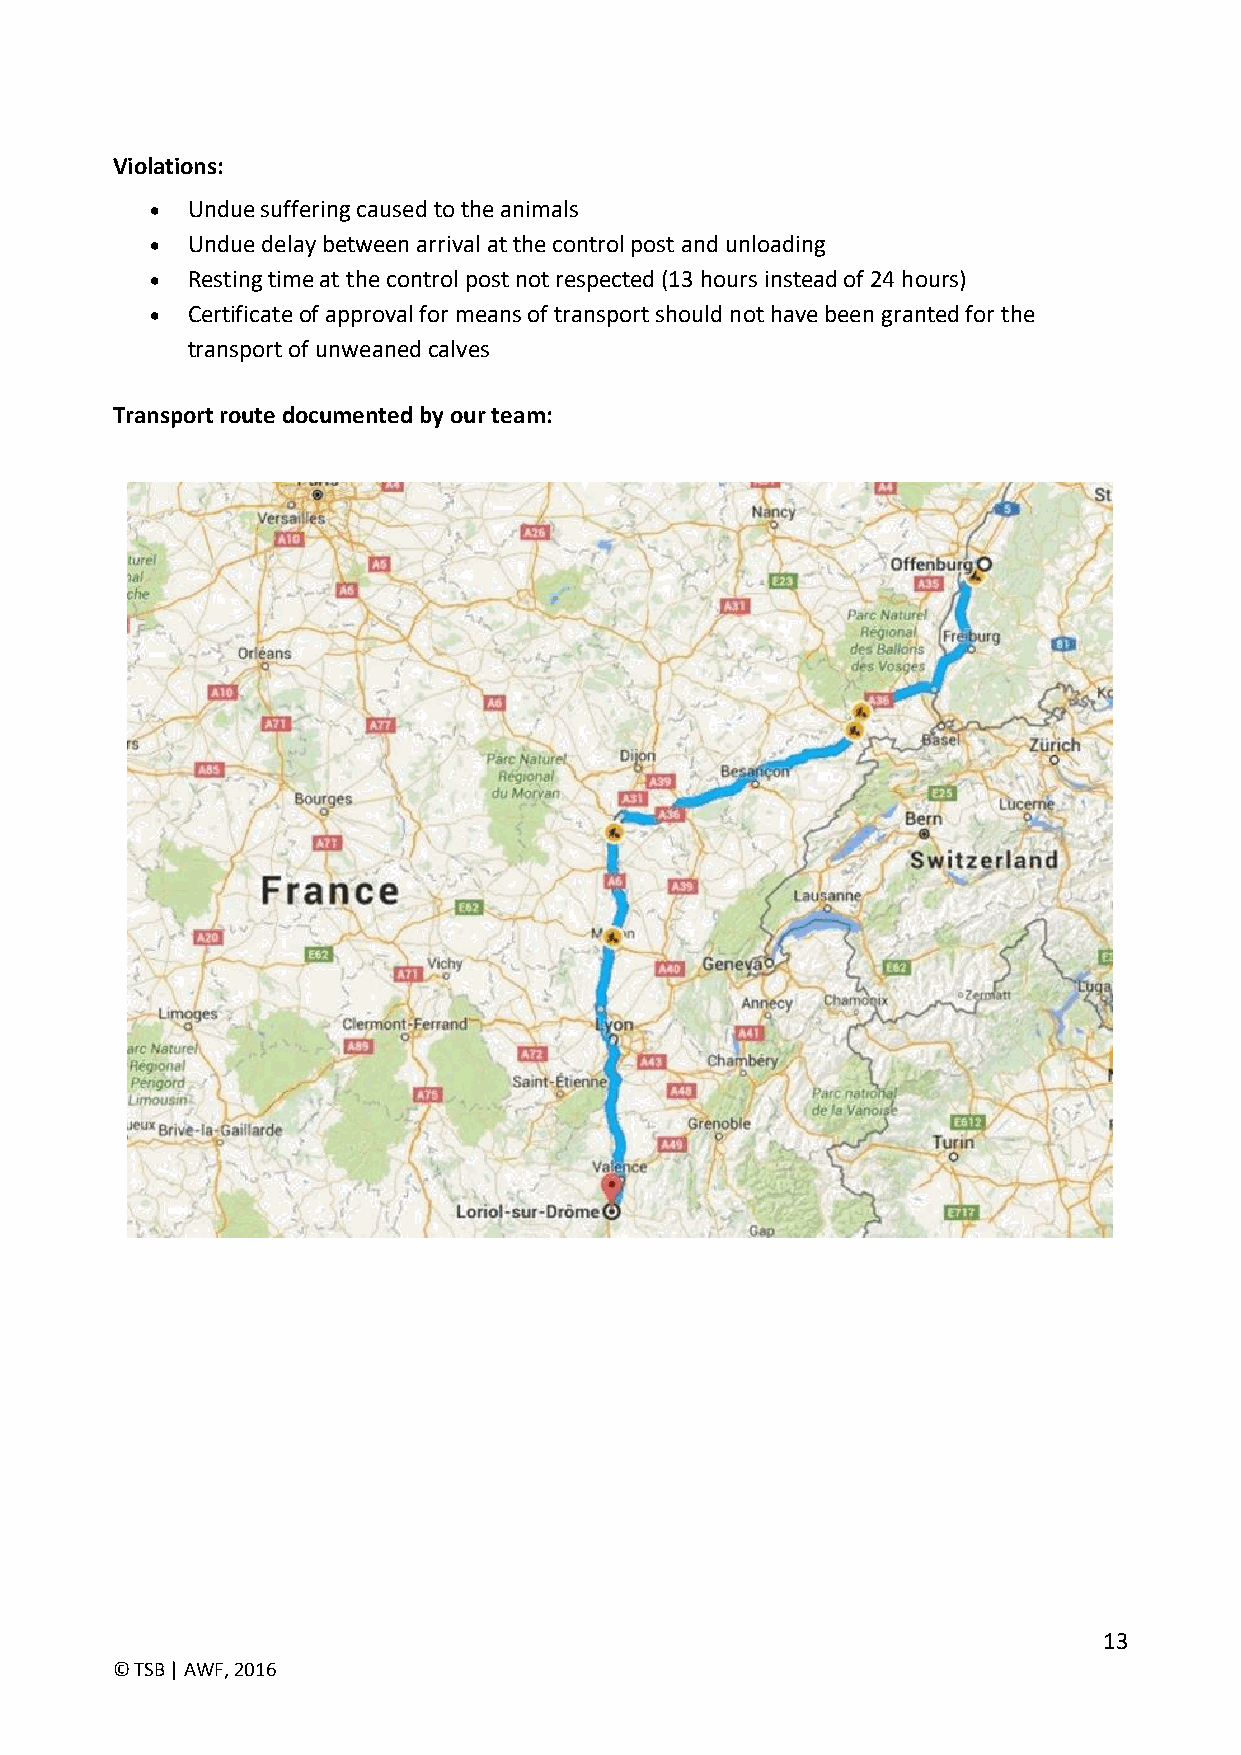
Violations:
  Undue suffering caused to the animals
  Undue delay between arrival at the control post and unloading
  Resting time at the control post not respected (13 hours instead of 24 hours)
  Certificate of approval for means of transport should not have been granted for the
 transport of unweaned calves
 Transport route documented by our team:
 13
 © TSB | AWF, 2016